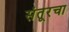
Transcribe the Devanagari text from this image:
संतूरचा